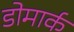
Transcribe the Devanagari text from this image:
डोमार्क